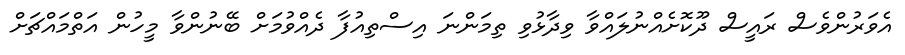
އެވަރުންވެސް ރައީސް ދޫކޮށެއްނުލައްވާ ވިދާޅުވި ތިމަންނަ އިސްތިއުފާ ދެއްވުމަށް ބޭނުންވާ މީހުން އަތްމައްޗަށް